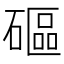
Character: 𥕥